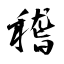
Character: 稽